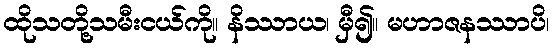
ထိုသတို့သမီးငယ်ကို။ နိဿာယ၊ မှီ၍။ မဟာဇနဿာပိ၊